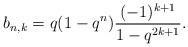
LaTeX: \begin{align*}b_{n,k}=q(1-q^n) \frac{(-1)^{k+1} }{1-q^{2k+1}}.\end{align*}